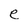
Character: e